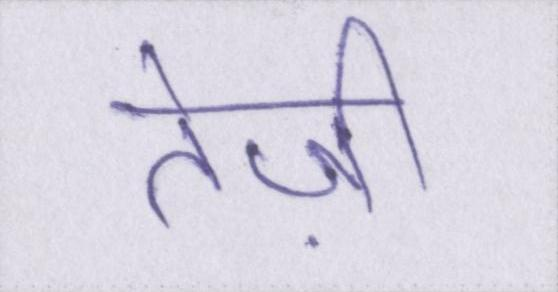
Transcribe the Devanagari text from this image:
तेज़ी